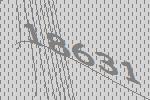
18631